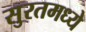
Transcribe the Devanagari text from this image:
सुरतमध्ये